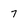
Character: 7